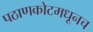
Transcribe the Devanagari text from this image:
पठाणकोटमधूनच